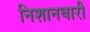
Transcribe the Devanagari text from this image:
निशानधारी